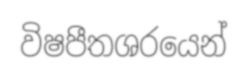
විෂපීතශරයෙන්